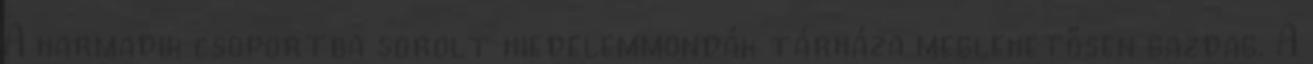
A harmadik csoportba sorolt hiedelemmondák tárháza meglehetősen gazdag. A